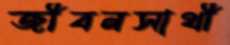
জীবনসাথী